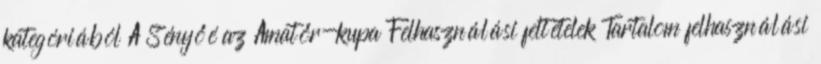
kategóriából A Sényőé az Amatőr-kupa Felhasználási feltételek Tartalom felhasználási